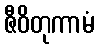
ဇီဝိတုကာမံ